Report on lock hospitals in British Burma
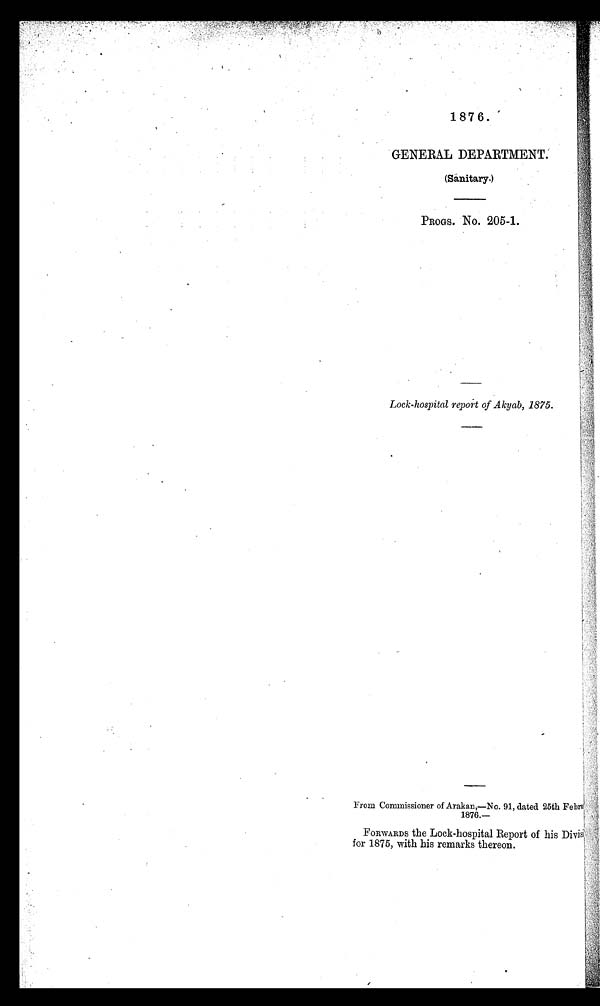
1 8 7 6 .
GENERAL DEPARTMENT.
(Sanitary.)
PROGS. No. 205-1.
Lock-hospital report of Akyab, 1875.
From Commissioner of Arakan,—No. 91, dated 25th Febru
1876.—
FORWARDS the Lock-hospital Report of his Divisl
for 1875, with his remarks thereon.